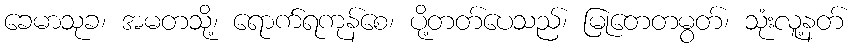
ခေမာသုခ၊ အမတသို့၊ ရောက်ရကုန်စေ၊ ပို့တတ်ပေသည်၊ မြုတေတမွတ်၊ သုံးလူ့နတ်